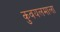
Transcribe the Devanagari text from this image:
कुवयलमाला